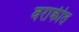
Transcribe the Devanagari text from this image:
वराकीत